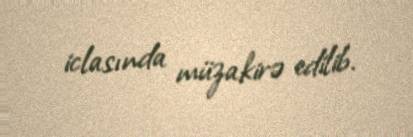
iclasında müzakirə edilib.